Report on vaccination in Madras 1922-1929 - 1922-1929
Year: 1922
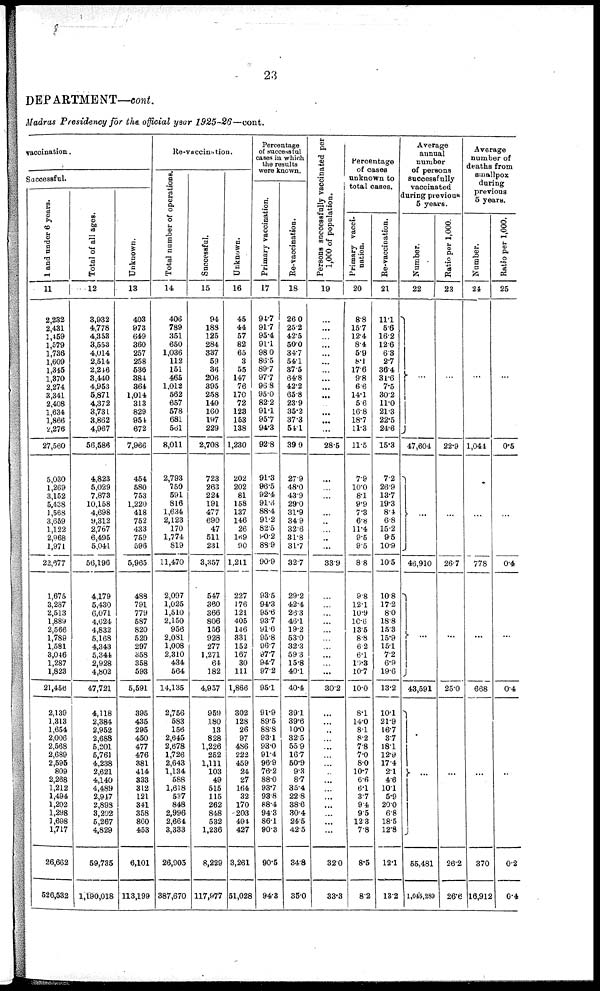
23
DEPARTMENT—cont.
Madras Presidency for the official year 1925-26—cont.
vaccination.
Saccessful.
1 and under 6 years.
11
2,232
2,431
1,459
1,579
1,736
1,609
1,315
1,370
2,274
3,341
2,408
1,634
1,866
2,276
27,560
5,030
1,269
3,152
5,438
1,568
3,659
1,122
2,968
1,971
22,677
1,675
3,287
2,513
1,889
2,566
1,789
1,581
3,046
1,287
1,823
21,456
2,139
1,313
1,654
2,006
2,568
2,689
2,595
809
2,268
1,212
1,494
1,202
1,298
1,698
1,717
26,662
526,532
Total of all ages.
12
3,932
4,778
4,353
3,553
4,014
2,514
2,246
3,440
4,953
5,871
4,372
3,731
3,862
4,967
56,586
4,823
5,029
7,873
10,158
4,698
9,312
2,767
6,495
5,041
56,196
4,179
5,430
6,071
4,624
4,832
5,168
4,343
5,344
2,928
4,802
47,721
4,118
2,384
2,952
2,688
5,201
5,761
4,238
2,621
4,140
4,489
2,947
2,898
3,202
5,267
4,829
59,735
1,190,018
Unknown.
13
403
973
649
360
257
258
536
384
364
1,014
313
829
954
672
7,966
454
580
753
1,220
418
752
433
759
596
5,965
488
791
779
587
820
520
297
358
358
593
5,591
395
435
295
450
477
476
381
414
333
312
121
341
358
860
453
6,101
113,199
Re-vaccination.
Total number of operations.
14
406
789
351
650
1,036
112
151
465
1,012
562
657
578
681
561
8,011
2,793
750
591
816
1,634
2,123
170
1,774
819
11,470
2,097
1,025
1,510
2,150
956
2,031
1,008
2,310
434
564
14,135
2,756
583
156
2,645
2,678
1,726
2,643
1,134
588
1,618
537
848
2,996
2,664
3,333
26,905
387,670
Successful.
15
94
188
125
284
337
59
36
206
395
258
140
160
197
229
2,708
723
263
224
191
477
690
47
511
231
3,357
547
360
366
806
156
928
277
1,271
64
182
4,957
959
180
13
828
1,226
252
1,111
103
49
515
115
262
848
532
1,236
8,229
117,977
Unknown.
16
45
44
57
82
65
3
55
147
76
170
72
123
153
138
1,230
202
202
81
158
137
146
26
169
90
1,211
227
176
121
405
146
331
152
167
30
111
1,866
302
128
26
97
486
222
459
24
27
164
32
170
203
494
427
3,261
51,028
Percentage
of successful
cases in which
the results
were known.
Primary vaccination.
17
94.7
91.7
95.4
91.1
98.0
86.5
89.7
97.7
96.8
95.0
82.2
91.1
95.7
94.3
92.8
91.3
96.5
92.4
91.6
88.4
91.2
82.5
90.2
88.9
90.9
93.5
94.3
95.6
93.7
91.6
95.8
96.7
97.7
94.7
97.2
95.1
91.9
89.5
88.8
93.1
93.0
91.4
96.9
76.2
88.0
93.7
93.8
88.4
94.3
86.1
90.3
90.5
94.3
Re-vaccination.
18
26.0
25.2
42.5
50.0
34.7
541
37.5
64.8
42.2
65.8
23.9
35.2
37.3
54.1
39.9
27.9
48.0
43.9
29.0
31.9
34.9
32.6
31.8
31.7
32.7
29.2
42.4
26.3
46.1
19.2
53.0
32.3
59.3
15.8
40.1
40.4
39.1
39.6
10.0
32.5
55.9
16.7
50.9
9.3
8.7
35.4
22.8
38.6
30.4
24.5
42.5
34.8
35.0
Persons successfully vaccinated per
1,000 of population.
19
...
...
...
...
...
...
...
...
...
...
...
...
...
...
28.5
...
...
...
...
...
...
...
...
...
33.9
...
...
...
...
...
...
...
...
...
...
30.2
...
...
...
...
...
...
...
...
...
...
...
...
...
...
...
32.0
33.3
Percentage
of cases
unknown to
total cases.
Primary vacci-
nation.
20
8.8
15.7
12.4
8.4
5.9
8.1
17.6
9.8
6.6
14.1
5.6
16.8
18.7
11.3
11.5
7.9
10.0
8.1
9.9
7.3
6.8
11.4
9.5
9.5
8.8
9.8
12.1
10.9
10.6
13.5
8.8
6.2
6.1
l0.3
10.7
10.0
8.1
14.0
8.1
8.2
7.8
7.0
8.0
10.7
6.6
6.1
3.7
9.4
9.5
12.3
7.8
8.5
8.2
Re-vaccination.
21
11.1
5.6
16.2
12.6
6.3
2.7
36.4
31.6
7.5
30.2
11.0
21.3
22.5
24.6
15.3
7.2
26.9
13.7
19.3
8.4
6.8
15.2
9.5
10.9
10.5
10.8
17.2
8.0
18.8
15.3
15.9
15.1
7.2
6.9
19.6
13.2
10.1
21.9
16.7
3.7
18.1
12.9
17.4
2.1
4.6
10.1
5.9
20.0
6.8
18.5
12.8
12.1
13.2
Average
annual
number
of persons
successfully
vaccinated
during previous
5 years.
Number.
22
...
47,604
...
46,910
...
43,591
...
55,481
1,045,239
Ratio per 1,000.
23
...
22.9
...
26.7
...
25.0
...
26.2
26.6
Average
number of
deaths from
smallpox
during
previous
5 years.
Number.
24
...
1,044
...
778
...
668
...
370
16,912
Ratio per 1,000.
25
...
0.5
...
0.4
...
0.4
...
0.2
0.4